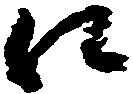
え